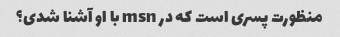
منظورت پسری است که در msn با او آشنا شدی؟